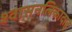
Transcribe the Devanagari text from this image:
श्वासनलिकादाह